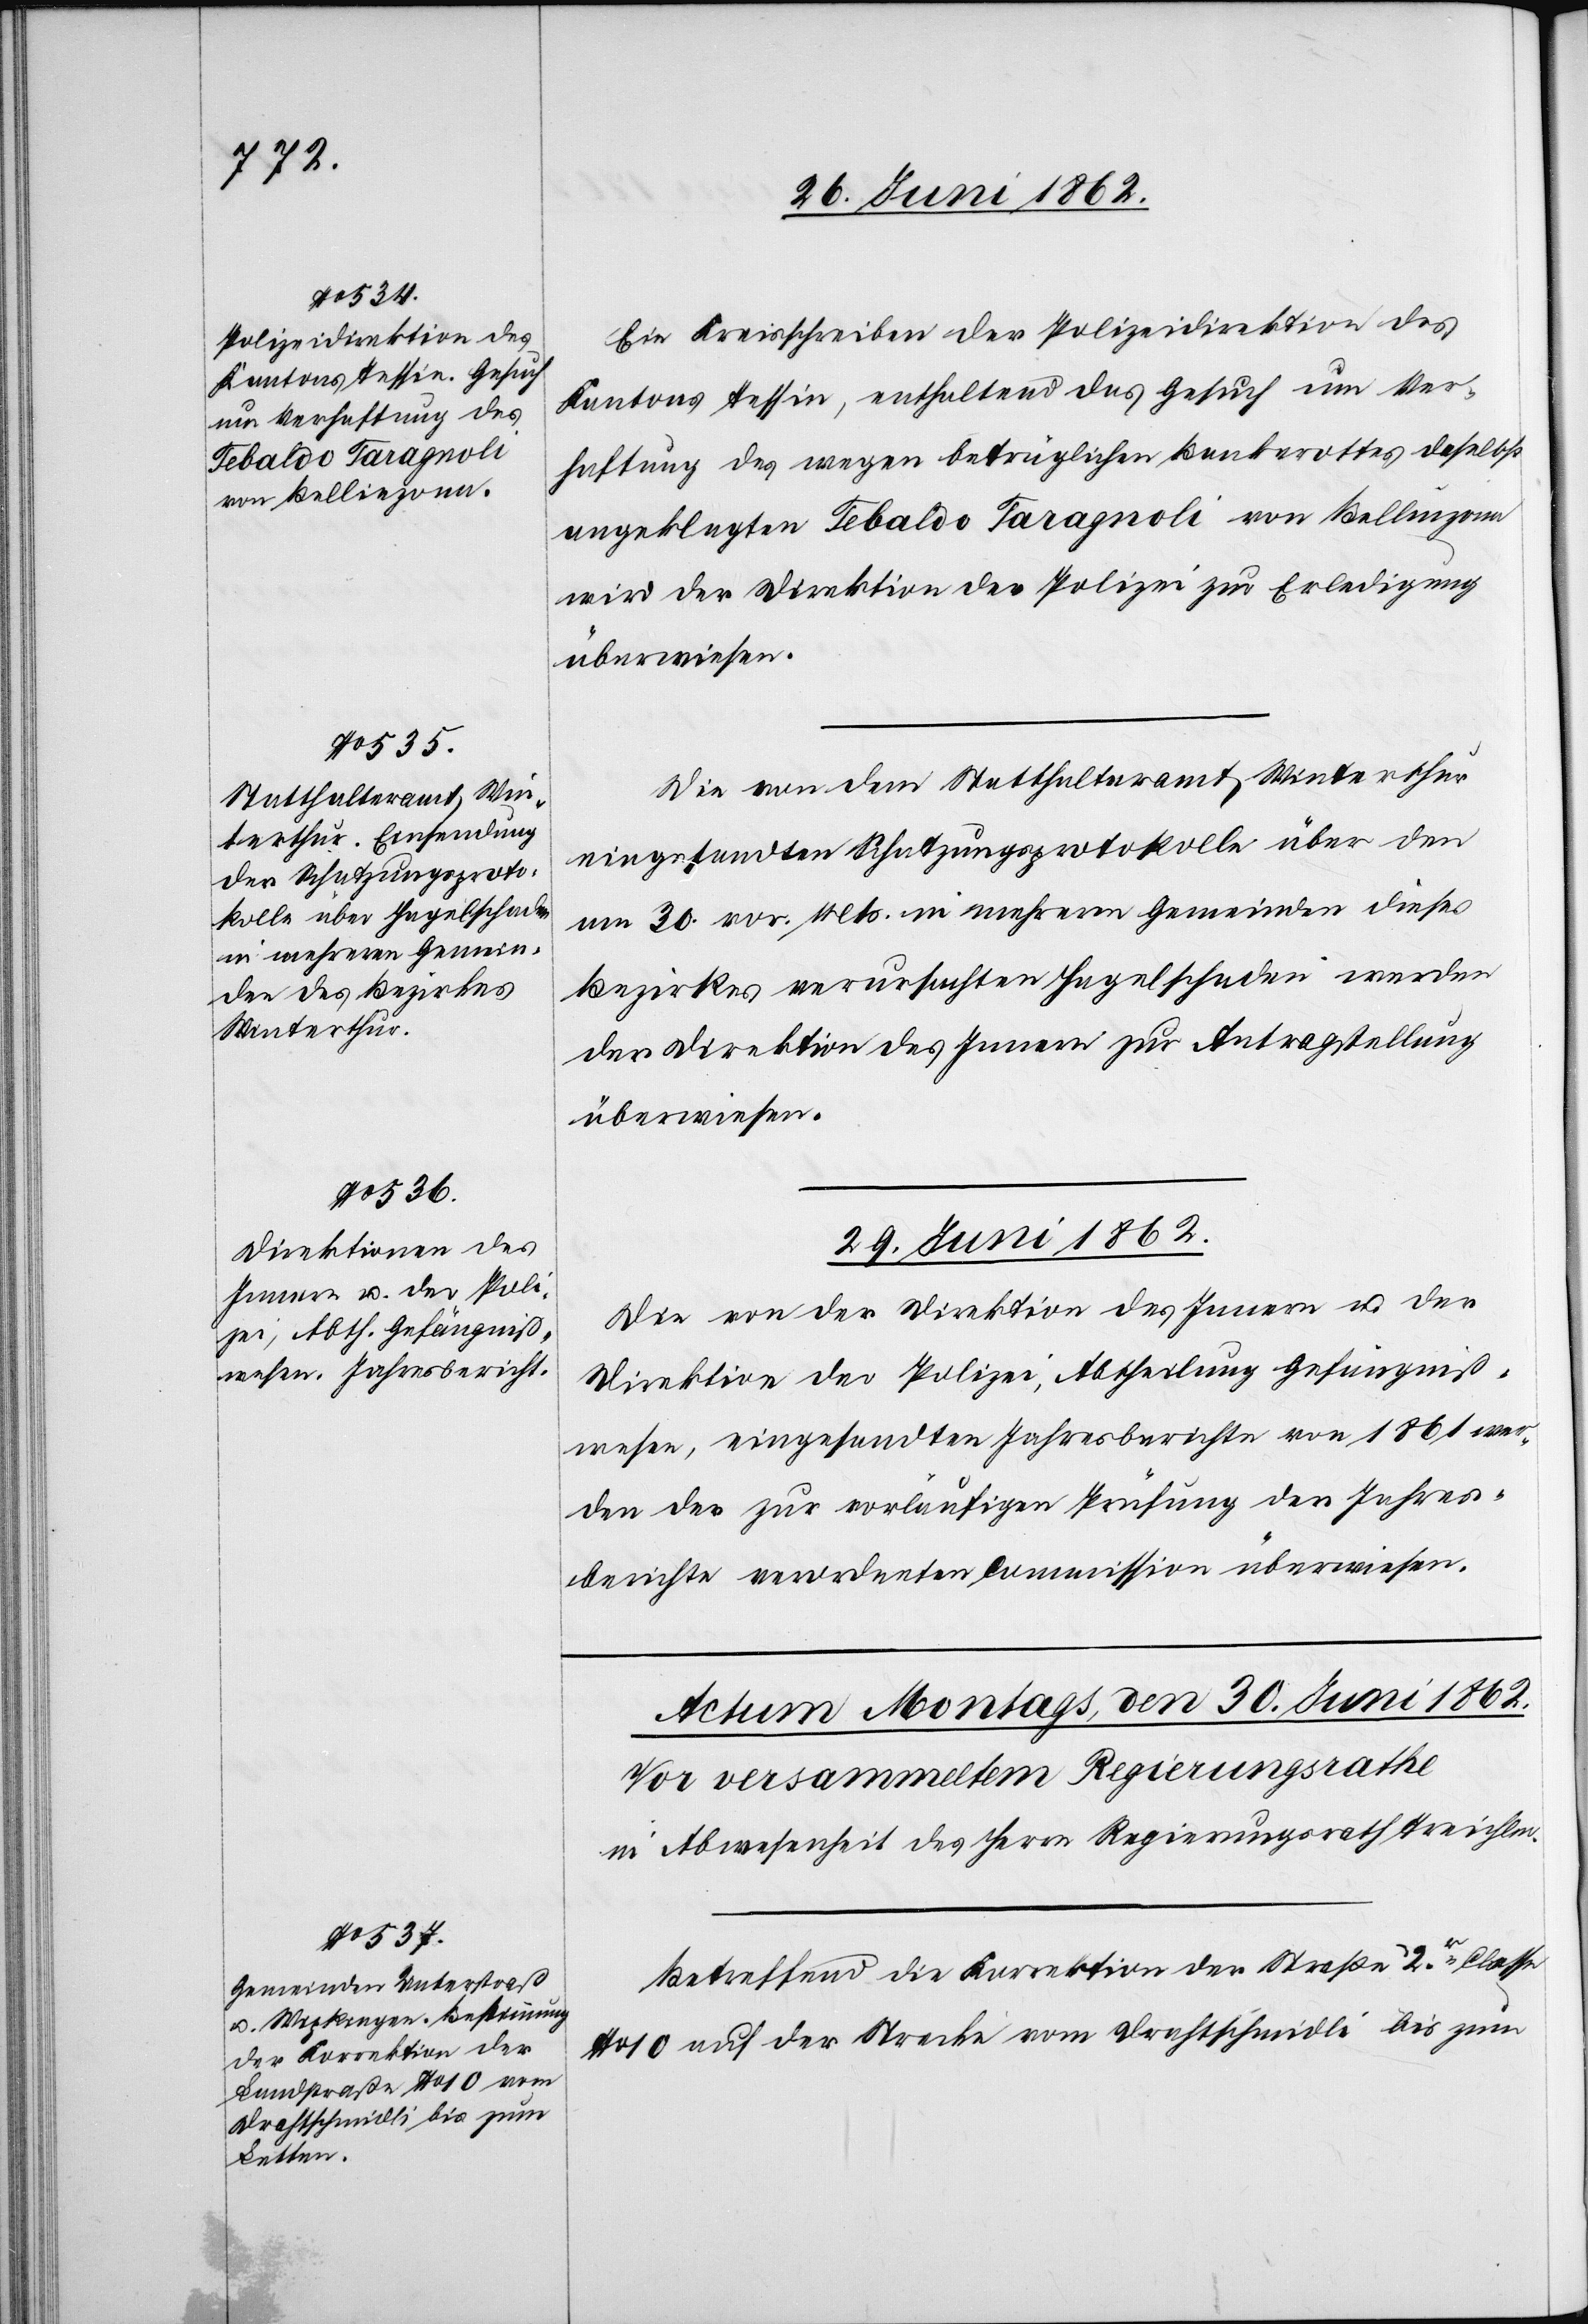
28. Juni 1862.]
Ein Kreisschreiben der Polizeidirektion des
Kantons Tessin, enthaltend das Gesuch um Ver¬
haftung des wegen betrüglichen Bankerottes daselbst
angeklagten Tebaldo Taragnoli von Bellinzona
wird der Direktion der Polizei zur Erledigung
überwiesen.
Die von dem Statthalteramt Winterthur
eingesandten Schatzungsprotokolle über den
am 30. vor. Mts. in mehreren Gemeinden dieses
Bezirkes verursachten Hagelschaden werden
der Direktion des Innern zur Antragstellung
überwiesen.
29. Juni 1862.
Die von der Direktion des Innern u. der
Direktion der Polizei, Abtheilung Gefängniß¬
wesen, eingesandten Jahresberichte von 1861 wer¬
den der zur vorläufigen Prüfung der Jahres¬
berichte verordneten Commission überwiesen.
Betreffend die Korrektion der Straße 2er Classe
No 10 auf der Strecke vom Drathschmidli bis zum